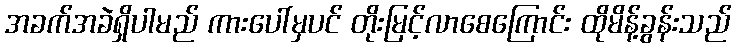
အခက်အခဲရှိပါမည် ကားပေါ်မှပင် တိုးမြင့်လာစေကြောင်း ထိုမိန့်ခွန်းသည်